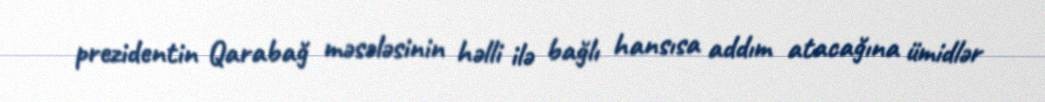
prezidentin Qarabağ məsələsinin həlli ilə bağlı hansısa addım atacağına ümidlər